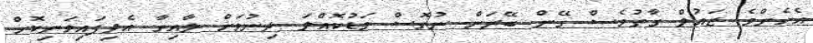
އެހެންވެ ޒައުލް ގާތުވެސް ގޭން ބޭރަށް ނުގޮސް މަޑުކޮއްލަ ދިނުމަށް ލާއިގާ އެދިފައިވަނިކޮށް